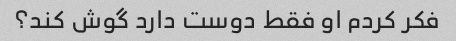
فکر کردم او فقط دوست دارد گوش کند؟